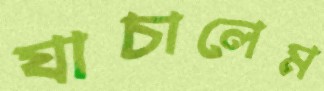
যাচালেম